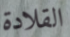
القلادة